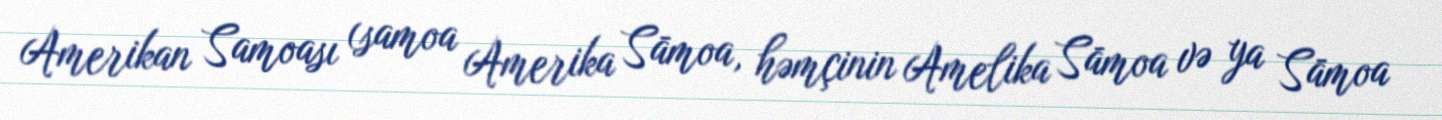
Amerikan Samoası (samoa Amerika Sāmoa, həmçinin Amelika Sāmoa və ya Sāmoa